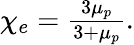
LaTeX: \begin{array}{r}{\chi_{e}=\frac{3\mu_{p}}{3+\mu_{p}}.}\end{array}